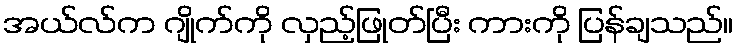
အယ်လ်က ဂျိုက်ကို လှည့်ဖြုတ်ပြီး ကားကို ပြန်ချသည်။